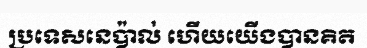
ប្រទេសនេប៉ាល់ ហើយយើងបានគិត